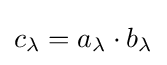
c_{\lambda }=a_{\lambda }\cdot b_{\lambda }